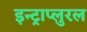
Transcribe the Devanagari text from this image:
इन्ट्राप्लुरल